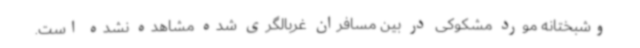
وشبختانه مورد مشکوکی در بین مسافران غربالگری شده مشاهده نشده است.